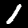
Digit: 1